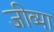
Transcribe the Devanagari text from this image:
जीव्या